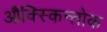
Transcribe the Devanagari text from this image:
औक्स्किन्तोक